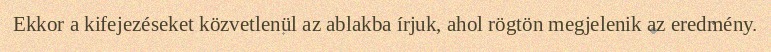
Ekkor a kifejezéseket közvetlenül az ablakba írjuk, ahol rögtön megjelenik az eredmény.